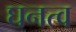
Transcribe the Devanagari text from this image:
घनत्‍व